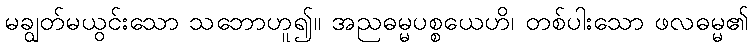
မချွတ်မယွင်းသော သဘောဟူ၍။ အညဓမ္မပစ္စယေဟိ၊ တစ်ပါးသော ဖလဓမ္မ၏